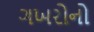
ગખરોનો